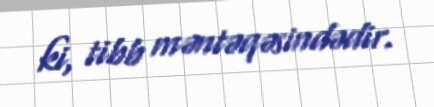
ki, tibb məntəqəsindədir.